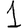
Digit: 1